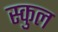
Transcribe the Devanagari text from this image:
स्‍कुल